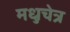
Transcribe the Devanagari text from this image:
मधुचेत्र